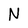
Character: N